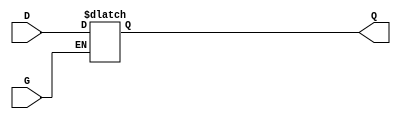
module gated_transparent_latch (
    input wire D,      // Data input
    input wire G,      // Enable signal
    output reg Q       // Output
);

// Always block to model the behavior of the latch
always @(*) begin
    if (G) begin
        // If G is high, the latch is transparent
        Q = D; // Output follows the input
    end else begin
        // If G is low, the latch holds its last value
        // Q retains its previous value (no assignment needed)
        // This behavior is implicit in the use of reg type
    end
end

endmodule